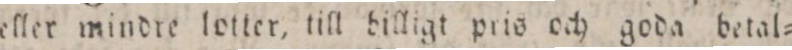
eller mindre lotter, till billigt pris och goda betal=